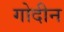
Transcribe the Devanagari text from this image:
गोदीन